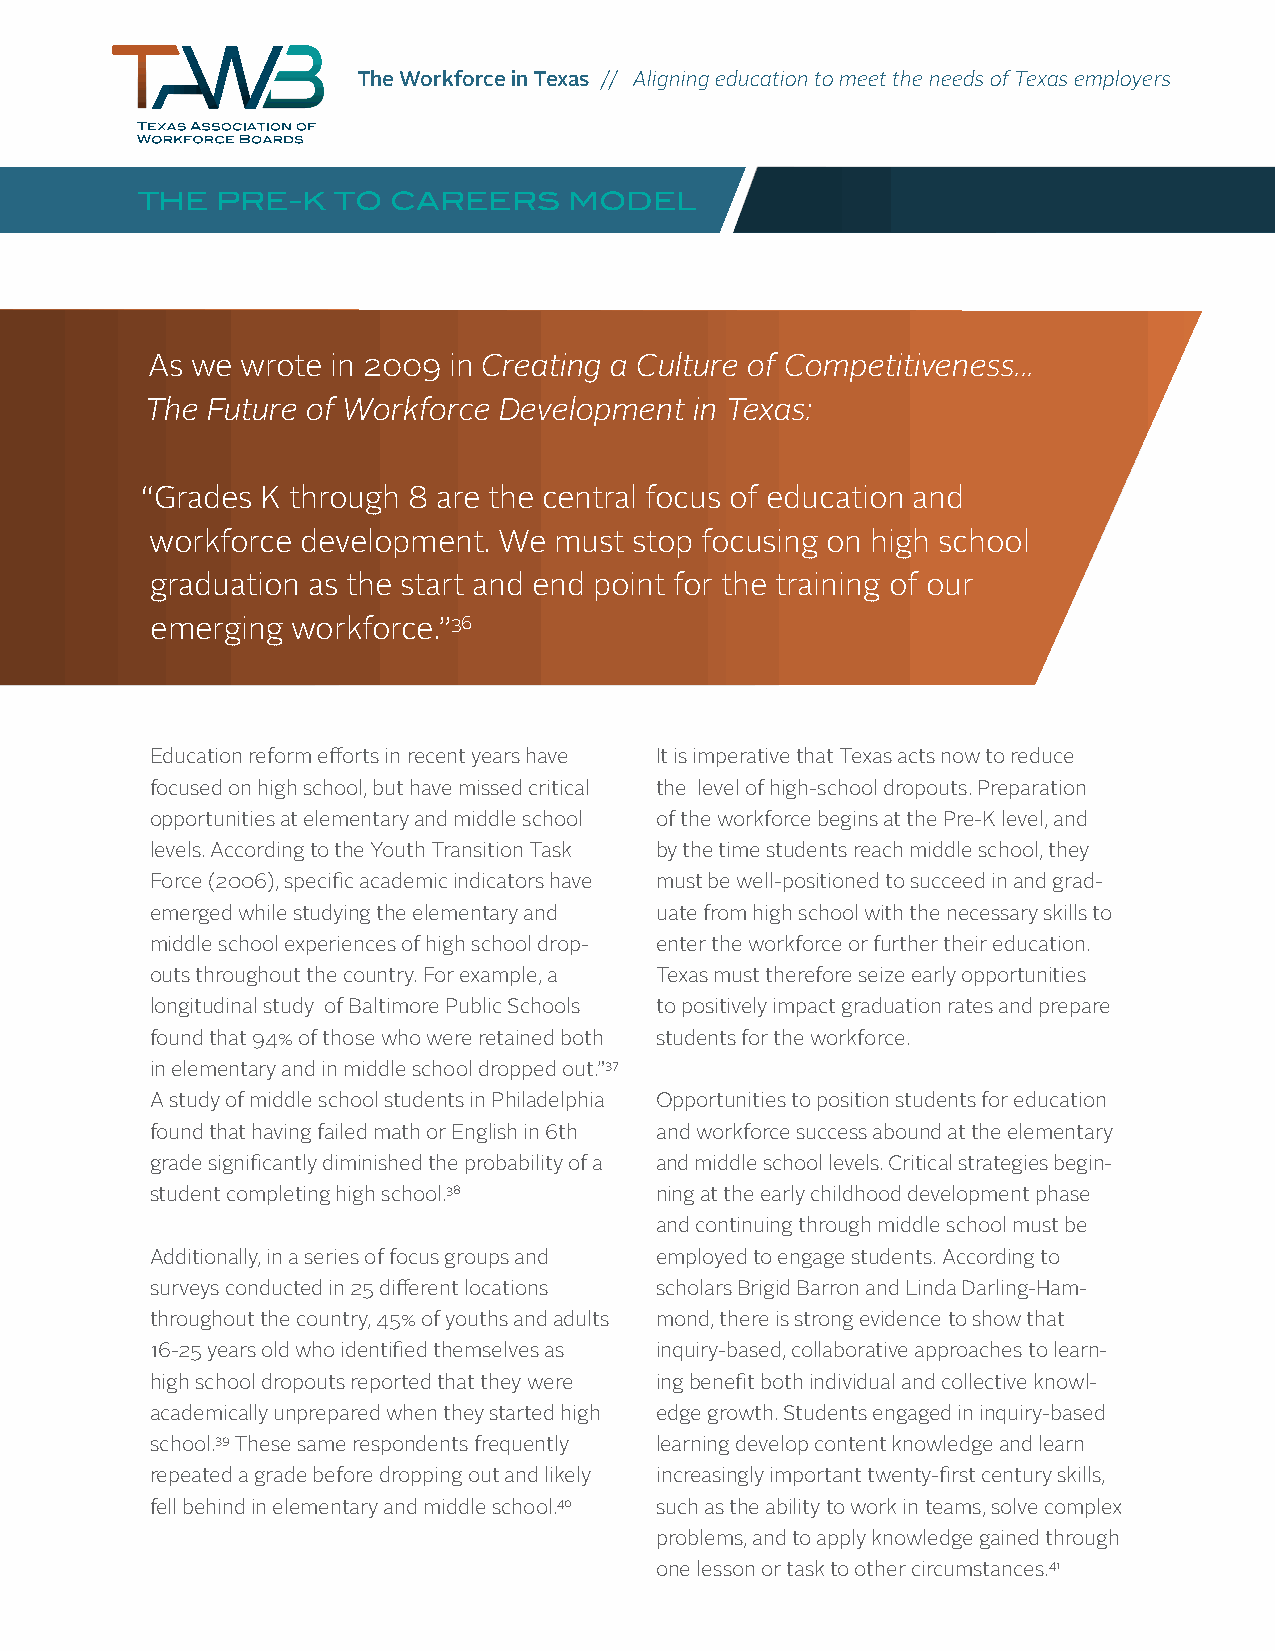
The Workforce in Texas // Aligning education to meet the needs of Texas employers
 THE  PRE-K   TO  CAREERS     MODEL
 As we wrote in 2009 in Creating a Culture of Competitiveness...
 The Future of Workforce Development in Texas:
 “Grades K through 8 are the central focus of education and
 workforce development. We  must stop focusing on high school
 graduation as the start and end point for the training of our
 emerging workforce.”36
 Education reform efforts in recent years have It is imperative that Texas acts now to reduce
 focused on high school, but have missed critical the level of high-school dropouts. Preparation
 opportunities at elementary and middle school of the workforce begins at the Pre-K level, and
 levels. According to the Youth Transition Task by the time students reach middle school, they
 Force (2006), specific academic indicators have must be well-positioned to succeed in and grad-
 emerged while studying the elementary and uate from high school with the necessary skills to
 middle school experiences of high school drop- enter the workforce or further their education.
 outs throughout the country. For example, a Texas must therefore seize early opportunities
 longitudinal study of Baltimore Public Schools to positively impact graduation rates and prepare
 found that 94% of those who were retained both students for the workforce.
 in elementary and in middle school dropped out.”37
 A study of middle school students in Philadelphia Opportunities to position students for education
 found that having failed math or English in 6th and workforce success abound at the elementary
 grade significantly diminished the probability of a and middle school levels. Critical strategies begin-
 student completing high school.38 ning at the early childhood development phase
 and continuing through middle school must be
 Additionally, in a series of focus groups and employed to engage students. According to
 surveys conducted in 25 different locations scholars Brigid Barron and Linda Darling-Ham-
 throughout the country, 45% of youths and adults mond, there is strong evidence to show that
 16-25 years old who identified themselves as inquiry-based, collaborative approaches to learn-
 high school dropouts reported that they were ing benefit both individual and collective knowl-
 academically unprepared when they started high edge growth. Students engaged in inquiry-based
 school.39 These same respondents frequently learning develop content knowledge and learn
 repeated a grade before dropping out and likely increasingly important twenty-first century skills,
 fell behind in elementary and middle school.40 such as the ability to work in teams, solve complex
 problems, and to apply knowledge gained through
 one lesson or task to other circumstances.41